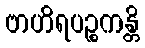
ဗာဟိရပဉ္စကန္တိ